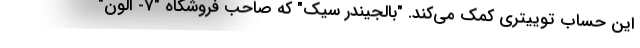
این حساب توییتری کمک می‌کند. "بالجیندر سیک" که صاحب فروشگاه "7- الون"